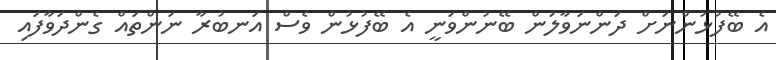
އެ ބޭފުޅުންނަށް ދަންނަވާލަން ބޭނުންވަނީ އެ ބޭފުޅުން ވެސް އަނބުރާ ނަންތައް ގެންދަވާފައި